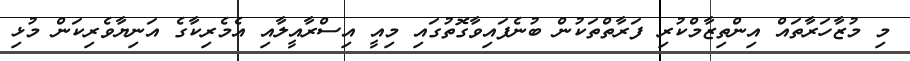
މި މުޒާހަރާތައް އިންތިޒާމްކުރި ފަރާތްތަކުން ބުނެފައިވާގޮތުގައި މިއީ އިސްރާއީލާއި އެމެރިކާގެ އަނިޔާވެރިކަން މުޅި